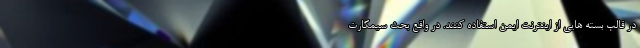
در قالب بسته هایی از اینترنت ایمن استفاده کنند. در واقع بحث سیمکارت